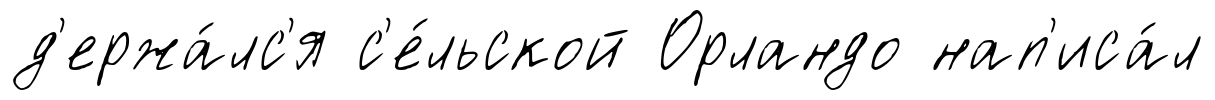
д'ержа́лс'я с'е́льской Орландо нап'иса́л